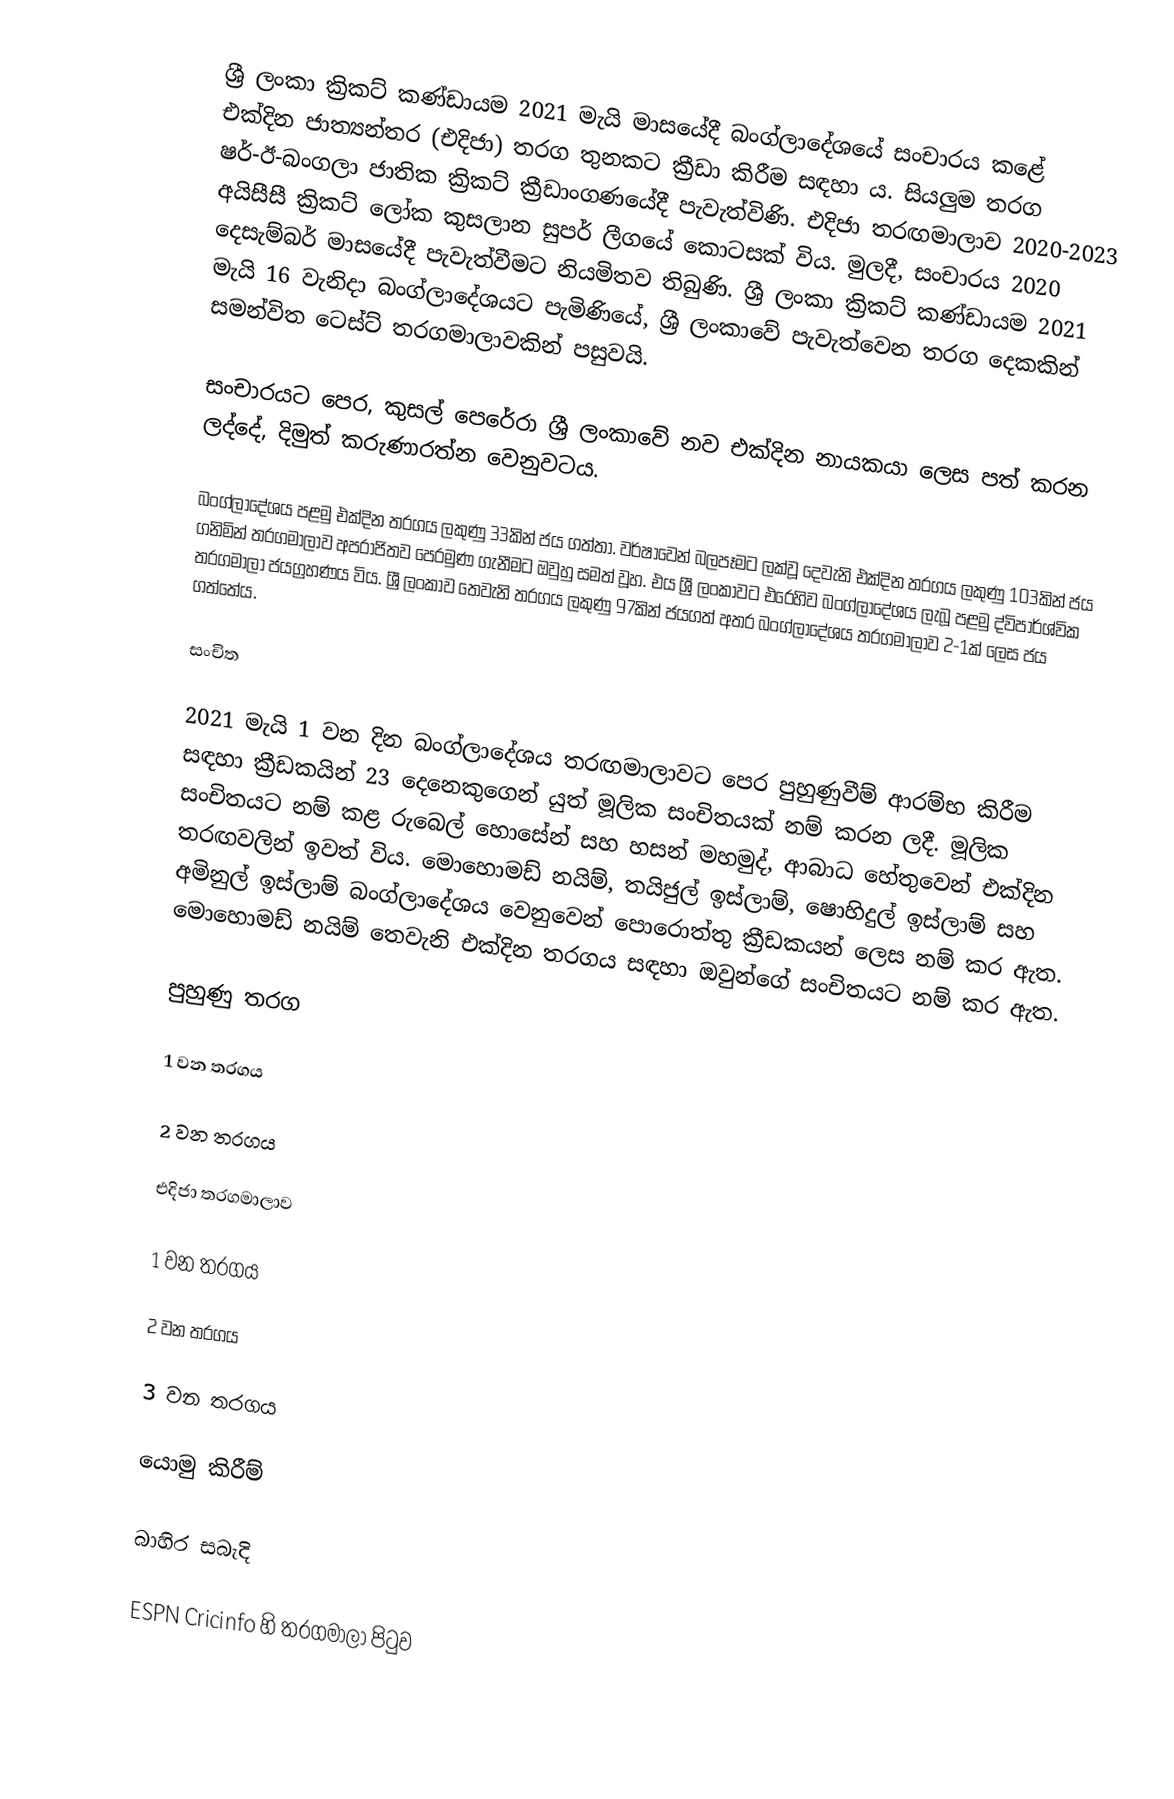
ශ්‍රී ලංකා ක්‍රිකට් කණ්ඩායම 2021 මැයි මාසයේදී බංග්ලාදේශයේ සංචාරය කළේ එක්දින ජාත්‍යන්තර (එදිජා) තරග තුනකට ක්‍රීඩා කිරීම සඳහා ය. සියලුම තරග ෂර්-ඊ-බංගලා ජාතික ක්‍රිකට් ක්‍රීඩාංගණයේදී පැවැත්විණි. එදිජා තරඟමාලාව 2020-2023 අයිසීසී ක්‍රිකට් ලෝක කුසලාන සුපර් ලීගයේ කොටසක් විය. මුලදී, සංචාරය 2020 දෙසැම්බර් මාසයේදී පැවැත්වීමට නියමිතව තිබුණි. ශ්‍රී ලංකා ක්‍රිකට් කණ්ඩායම 2021 මැයි 16 වැනිදා බංග්ලාදේශයට පැමිණියේ, ශ්‍රී ලංකාවේ පැවැත්වෙන තරග දෙකකින් සමන්විත ටෙස්ට් තරගමාලාවකින් පසුවයි.

සංචාරයට පෙර, කුසල් පෙරේරා ශ්‍රී ලංකාවේ නව එක්දින නායකයා ලෙස පත් කරන ලද්දේ, දිමුත් කරුණාරත්න වෙනුවටය.

බංග්ලාදේශය පළමු එක්දින තරගය ලකුණු 33කින් ජය ගත්තා. වර්ෂාවෙන් බලපෑමට ලක්වූ දෙවැනි එක්දින තරගය ලකුණු 103කින් ජය ගනිමින් තරගමාලාව අපරාජිතව පෙරමුණ ගැනීමට ඔවුහු සමත් වූහ. එය ශ්‍රී ලංකාවට එරෙහිව බංග්ලාදේශය ලැබූ පළමු ද්විපාර්ශ්වික තරගමාලා ජයග්‍රහණය විය. ශ්‍රී ලංකාව තෙවැනි තරගය ලකුණු 97කින් ජයගත් අතර බංග්ලාදේශය තරගමාලාව 2-1ක් ලෙස ජය ගත්තේය.

සංචිත

2021 මැයි 1 වන දින බංග්ලාදේශය තරඟමාලාවට පෙර පුහුණුවීම් ආරම්භ කිරීම සඳහා ක්‍රීඩකයින් 23 දෙනෙකුගෙන් යුත් මූලික සංචිතයක් නම් කරන ලදී. මූලික සංචිතයට නම් කළ රුබෙල් හොසේන් සහ හසන් මහමුද්, ආබාධ හේතුවෙන් එක්දින තරඟවලින් ඉවත් විය. මොහොමඩ් නයිම්, තයිජුල් ඉස්ලාම්, ෂොහිදුල් ඉස්ලාම් සහ අමිනුල් ඉස්ලාම් බංග්ලාදේශය වෙනුවෙන් පොරොත්තු ක්‍රීඩකයන් ලෙස නම් කර ඇත. මොහොමඩ් නයිම් තෙවැනි එක්දින තරගය සඳහා ඔවුන්ගේ සංචිතයට නම් කර ඇත.

පුහුණු තරග

1 වන තරගය

2 වන තරගය

එදිජා තරගමාලාව

1 වන තරගය

2 වන තරගය

3 වන තරගය

යොමු කිරීම්

බාහිර සබැදි

 ESPN Cricinfo හි තරගමාලා පිටුව